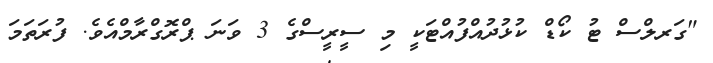
"ގަރލްސް ޓު ކޯޑް ކުޅުދުއްފުއްޓަކީ މި ސީރީސްގެ 3 ވަނަ ޕްރޮގްރާމްއެވެ. ފުރަތަމަ